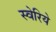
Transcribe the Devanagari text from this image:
स्वेरिये